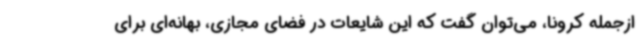
ازجمله کرونا، می‌توان گفت که این شایعات در فضای مجازی، بهانه‌ای برای